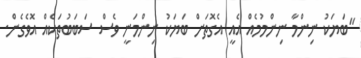
"ބަޔަކު ނިންމާ ނިންމުމެއް އެއީ އެގޮތަށް ބަޔަކު ނިންމަނީ ވެސް ސަބަބުތަކެއް އޮވެގެން.